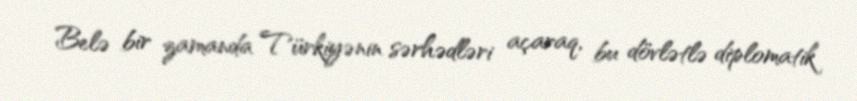
Belə bir zamanda Türkiyənin sərhədləri açaraq, bu dövlətlə diplomatik